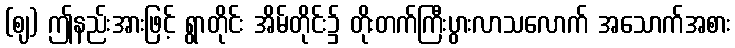
(ဈ) ဤနည်းအားဖြင့် ရွာတိုင်း အိမ်တိုင်း၌ တိုးတက်ကြီးပွားလာသလောက် အသောက်အစား